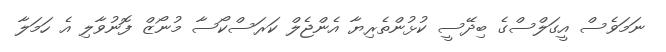
ނަމަވެސް އީގަލްސްގެ ބިދޭސީ ކުޅުންތެރިޔާ އެންޖެލް ކަރަސްކޯސާ މުނޯޒް ފޮނުވާލި އެ ހަމަލާ